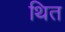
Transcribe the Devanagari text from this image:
थित